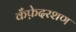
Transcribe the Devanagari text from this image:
कँफ़ेदरशण